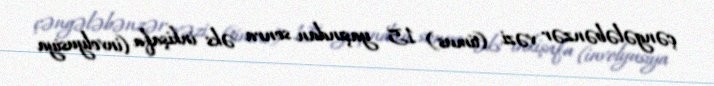
çəngələbənzər vəzi (timus) 15 yaşından sonra əks inkişafa (involyusiya